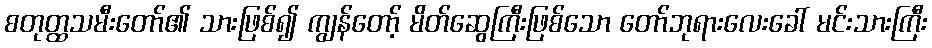
စတုတ္ထသမီးတော်၏ သားဖြစ်၍ ကျွန်တော့် မိတ်ဆွေကြီးဖြစ်သော တော်ဘုရားလေးခေါ် မင်းသားကြီး